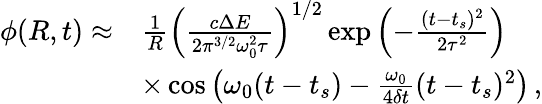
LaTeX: \begin{array}{rl}{\phi(R,t)\approx}&{\frac{1}{R}{\left(\frac{c\Delta E}{2\pi^{3/2}\omega_{0}^{2}\tau}\right)}^{1/2}\exp{\left(-\frac{(t-t_{s})^{2}}{2\tau^{2}}\right)}}\\ &{\times\cos{\left(\omega_{0}(t-t_{s})-\frac{\omega_{0}}{4\delta t}(t-t_{s})^{2}\right)}\, ,}\end{array}